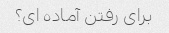
برای رفتن آماده ای؟